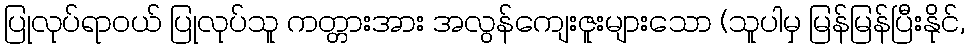
ပြုလုပ်ရာဝယ် ပြုလုပ်သူ ကတ္တားအား အလွန်ကျေးဇူးများသော (သူပါမှ မြန်မြန်ပြီးနိုင်,